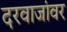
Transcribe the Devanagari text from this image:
दरवाजांवर